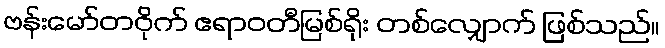
ဗန်းမော်တဝိုက် ဧရာဝတီမြစ်ရိုး တစ်လျှောက် ဖြစ်သည်။